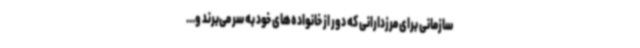
سازمانی برای مرزدارانی که دور از خانواده‌های خود به سر می‌برند و...